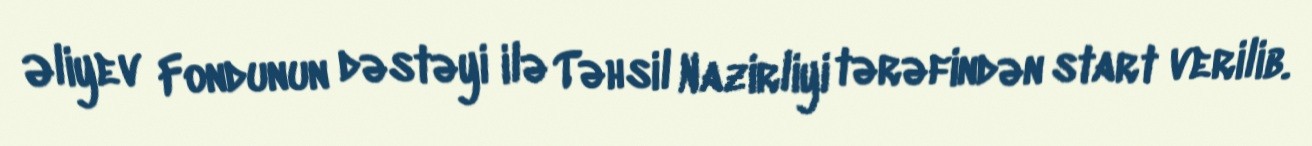
Əliyev Fondunun dəstəyi ilə Təhsil Nazirliyi tərəfindən start verilib.